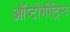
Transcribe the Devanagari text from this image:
ऑप्टोमीट्रिस्ट